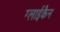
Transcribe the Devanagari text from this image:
ग्लाईकैन